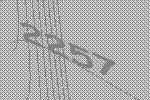
2257